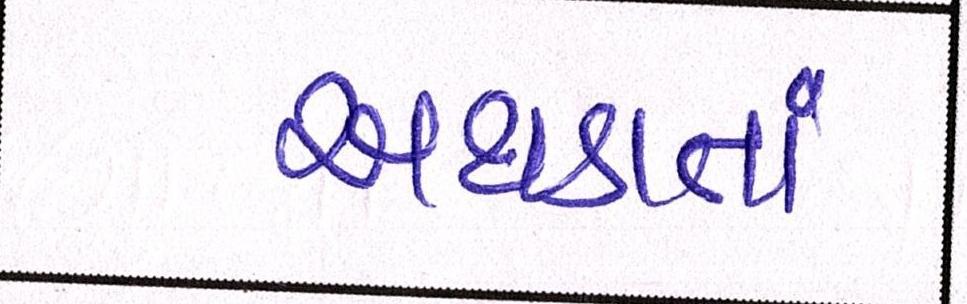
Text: અથડાતાં